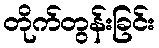
တိုက်တွန်းခြင်း